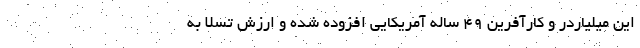
این میلیاردر و کارآفرین ۴۹ ساله آمریکایی افزوده شده و ارزش تسلا به